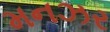
મનઝર